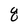
Character: g